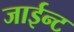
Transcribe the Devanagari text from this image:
जाईन्ट